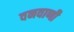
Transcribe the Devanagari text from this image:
वनवाणी